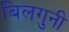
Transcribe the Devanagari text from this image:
बिलगुनी